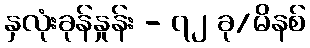
နှလုံးခုန်နှုန်း - ၇၂ ခု/မိနစ်